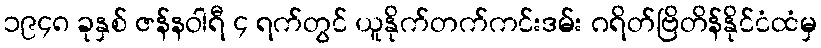
၁၉၄၈ ခုနှစ် ဇန်နဝါရီ ၄ ရက်တွင် ယူနိုက်တက်ကင်းဒမ်း ဂရိတ်ဗြိတိန်နိုင်ငံထံမှ